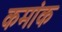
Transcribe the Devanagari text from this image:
कमांक